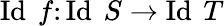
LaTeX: \operatorname{Id}\ f\colon\operatorname{Id}\ S\to\operatorname{Id}\ T